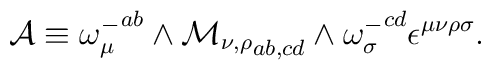
{\cal A}\equiv {\omega_\mu^-}^{ab}\wedge {\cal M_{\nu,\rho}}_{ab,cd}\wedge{\omega_\sigma^-}^{cd}\epsilon^{\mu\nu\rho\sigma}.